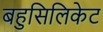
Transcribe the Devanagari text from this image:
बहुसिलिकेट